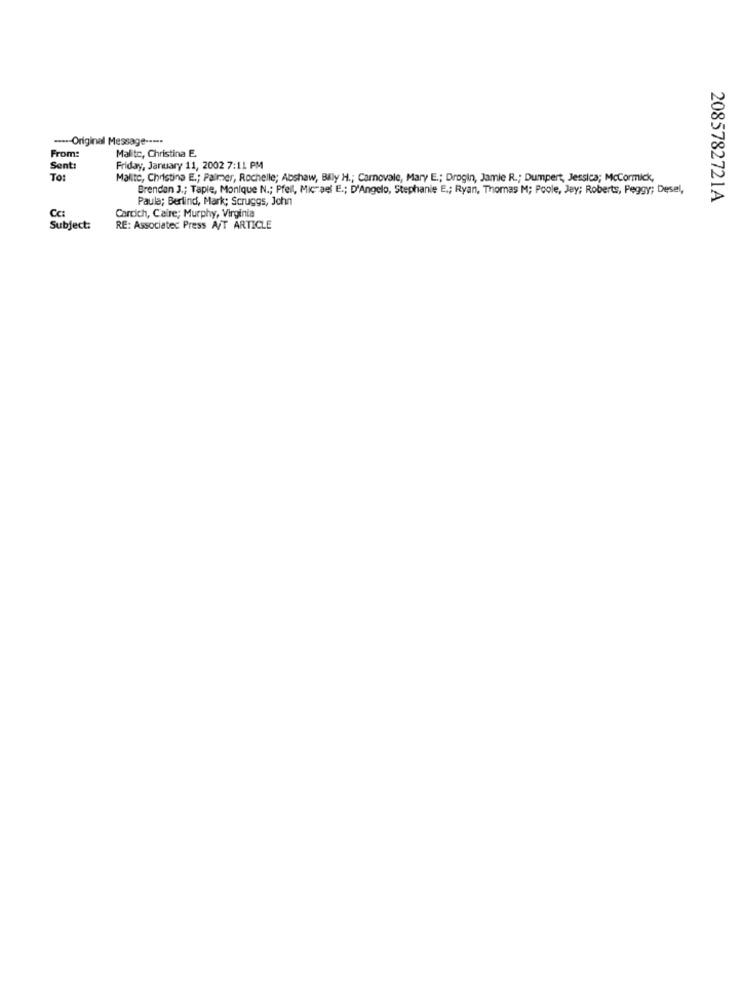
----- Original Message -----
Malitc, Christina E.
From:
Sent:
Friday, January 11, 2002 7:11 PM
To:
Malite, Christina E .; Palmer, Rochelle; Abshaw, Bily H .; Carnovale, Mary E .; Drogin, Jamie R .; Dumpert, Jessica; McCormick,
Brendan 3 .; Tapie, Monique N .; Pfell, Micrael E .; D'Angelo, Stephanie E .; Ryan, Thomas M; Poole, Jey; Roberts, Peggy; Desel,
Paula; Berlind, Mark; Scruggs, John
2085782721A
Cc:
Carcich, Caire; Murphy, Virginia
Subject:
RE: Associated Press A/T ARTICLE